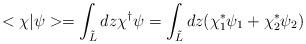
LaTeX: \begin{align*}<\chi |\psi >=\int _{\tilde{L}}dz\chi ^{\dagger }\psi =\int _{\tilde{L}}dz(\chi _{1}^{\ast }\psi _{1}+\chi ^{\ast }_{2}\psi _{2})\end{align*}